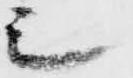
シ